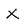
Character: X